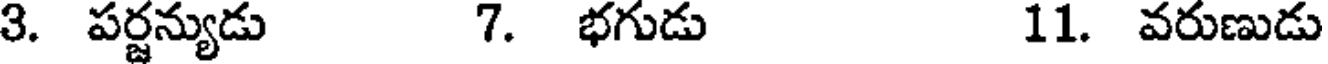
3. పర్జన్యుడు 7. భగుడు 11. వరుణుడు